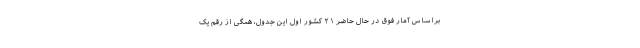
براساس آمار فوق در حال حاضر ۲۱ کشور اول این جدول، همگی از رقم یک